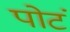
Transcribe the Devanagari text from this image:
पोटं